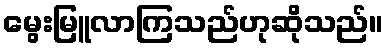
မွေးမြူလာကြသည်ဟုဆိုသည်။